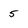
Character: 5